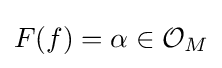
F(f)=\alpha \in {\mathcal {O}}_{M}